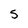
Character: 5